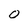
Character: 0